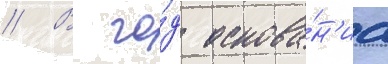
// В го́д основа́н'иа